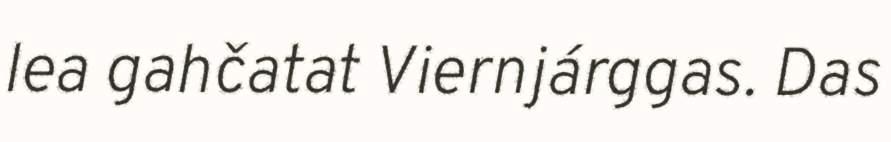
lea gahčatat Viernjárggas. Das